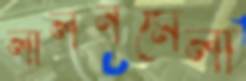
লালনমেলা